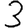
Digit: 3